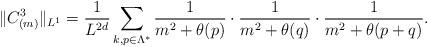
LaTeX: \begin{align*}\|C^3_{(m)}\|_{L^1} = \frac{1}{L^{2d}}\sum_{k,p\in\Lambda^*}\frac{1}{m^2 + \theta(p)}\cdot \frac{1}{m^2 + \theta(q)}\cdot\frac{1}{m^2+\theta(p+q)} .\end{align*}